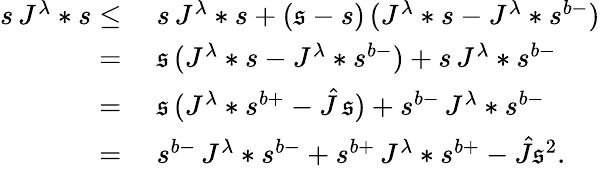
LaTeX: \begin{array}{rl}{s\, J^{\lambda}*s\leq}&{\ s\, J^{\lambda}*s+(\mathfrak{s}-s)\, (J^{\lambda}*s-J^{\lambda}*s^{b-})}\\ {=}&{\ \mathfrak{s}\, (J^{\lambda}*s-J^{\lambda}*s^{b-})+s\, J^{\lambda}*s^{b-}}\\ {=}&{\ \mathfrak{s}\, (J^{\lambda}*s^{b+}-\hat{J}\, \mathfrak{s})+s^{b-}\, J^{\lambda}*s^{b-}}\\ {=}&{\ s^{b-}\, J^{\lambda}*s^{b-}+s^{b+}\, J^{\lambda}*s^{b+}-\hat{J}\mathfrak{s}^{2}.}\end{array}